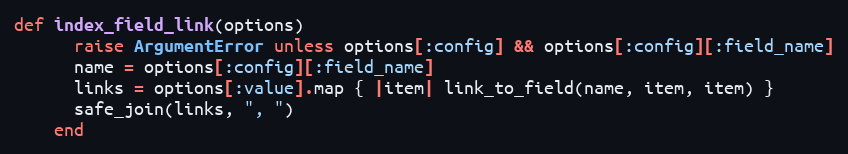
Language: Ruby
def index_field_link(options)
      raise ArgumentError unless options[:config] && options[:config][:field_name]
      name = options[:config][:field_name]
      links = options[:value].map { |item| link_to_field(name, item, item) }
      safe_join(links, ", ")
    end